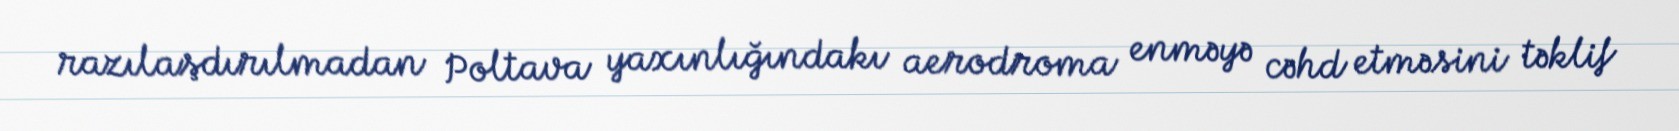
razılaşdırılmadan Poltava yaxınlığındakı aerodroma enməyə cəhd etməsini təklif